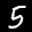
Label: 5